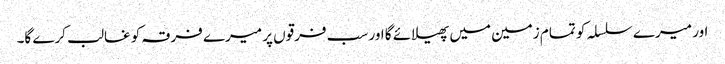
اور میرے سلسلہ کو تمام زمین میں پھیلائے گا اور سب فرقوں پر میرے فرقہ کو غالب کرے گا۔